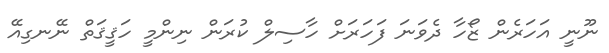
ނޫނީ އަހަރެން ޒޯހާ ދެވަނަ ފަހަރަށް ހާސިލް ކުރަން ނިންމީ ހަޤީޤަތް ނޭނގިއޭ